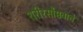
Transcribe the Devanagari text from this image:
शरीरसौष्ठवाचे